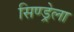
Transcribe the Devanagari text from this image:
सिण्ड्रेला